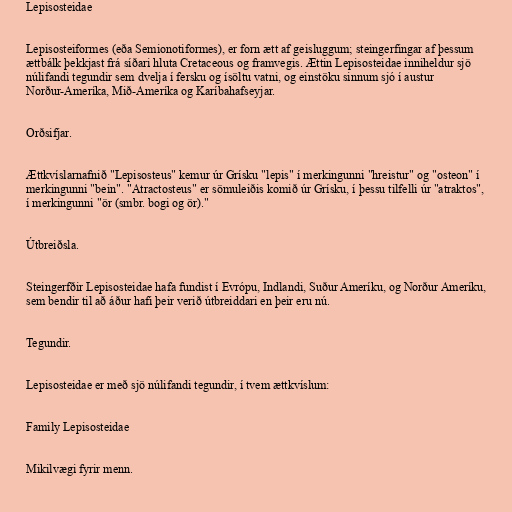
Lepisosteidae

Lepisosteiformes (eða Semionotiformes), er forn ætt af geisluggum; steingerfingar af þessum
ættbálk þekkjast frá síðari hluta Cretaceous og framvegis. Ættin Lepisosteidae inniheldur sjö
núlifandi tegundir sem dvelja í fersku og ísöltu vatni, og einstöku sinnum sjó í austur
Norður-Ameríka, Mið-Ameríka og Karíbahafseyjar.

Orðsifjar.

Ættkvíslarnafnið "Lepisosteus" kemur úr Grísku "lepis" í merkingunni "hreistur" og "osteon" í
merkingunni "bein". "Atractosteus" er sömuleiðis komið úr Grísku, í þessu tilfelli úr "atraktos",
í merkingunni "ör (smbr. bogi og ör)."

Útbreiðsla.

Steingerfðir Lepisosteidae hafa fundist í Evrópu, Indlandi, Suður Ameríku, og Norður Ameríku,
sem bendir til að áður hafi þeir verið útbreiddari en þeir eru nú.

Tegundir.

Lepisosteidae er með sjö núlifandi tegundir, í tvem ættkvíslum:

Family Lepisosteidae

Mikilvægi fyrir menn.